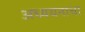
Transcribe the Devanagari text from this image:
अध्ययनाचा